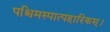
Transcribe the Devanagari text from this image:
पश्चिमस्पात्पहारिकम्।